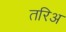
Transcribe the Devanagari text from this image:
तरिअ